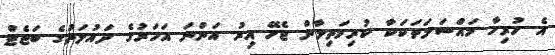
އެ ހުރިހާ މައްސަލަތަކަކާ ކުރިމަތިލާން ޖެހޭ އިރު އަންނަ އަހަރުގެ ދައުލަތުގެ ބަޖެޓް